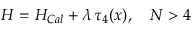
{ \cal H } = { \cal H } _ { C a l } + \lambda \, \tau _ { 4 } ( x ) , \quad N > 4